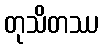
တုသိတဿ